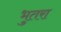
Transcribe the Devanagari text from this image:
भुतरा